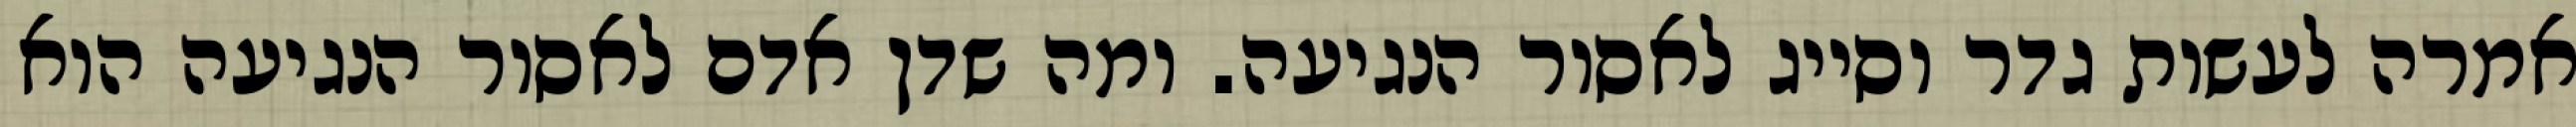
אמרה לעשות גדר וסייג לאסור הנגיעה. ומה שדן אדם לאסור הנגיעה הוא